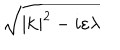
LaTeX: \sqrt { | \mathbf { k } | ^ { 2 } - i \varepsilon \lambda }